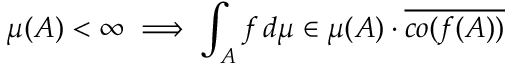
\mu ( A ) < \infty \implies \int _ { A } f \, d \mu \in \mu ( A ) \cdot { \overline { { c o ( f ( A ) ) } } }